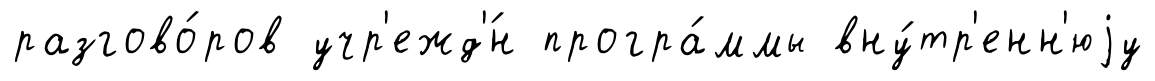
разгово́ров учр'ежд'́н програ́ммы вну́тр'енн'юjу